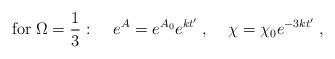
LaTeX: \begin{align*}{\rm for} \; \Omega = \frac{1}{3}: \; \; \; \; e^A = e^{A_0} e^{k t'} \; , \; \; \; \; \chi = \chi_0 e^{- 3 k t'} \; ,\end{align*}